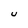
Character: U